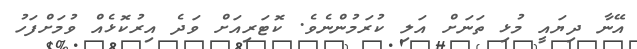
އޭނާ ދިޔައީ މުޅި ތަނަށް އަލި ކުރަމުންނެވެ. ކޮޓަރިއަށް ވަދެ އިރުކޮޅެއް ވުމަށްފަހު